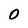
Character: 0